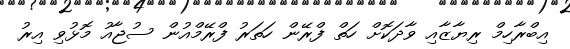
އިބްރާހިމް ރިޔާޒާއި ވާދަކޮށް ހަތް ފްރޭން ހަތަރު ފްރޭމްއުން ސުޖާއު މޮޅުވި އިރު